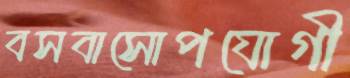
বসবাসোপযোগী